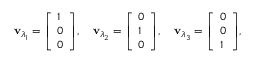
\mathbf { v } _ { \lambda _ { 1 } } = { \left[ \begin{array} { l } { 1 } \\ { 0 } \\ { 0 } \end{array} \right] } , \quad \mathbf { v } _ { \lambda _ { 2 } } = { \left[ \begin{array} { l } { 0 } \\ { 1 } \\ { 0 } \end{array} \right] } , \quad \mathbf { v } _ { \lambda _ { 3 } } = { \left[ \begin{array} { l } { 0 } \\ { 0 } \\ { 1 } \end{array} \right] } ,